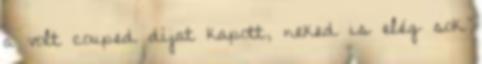
a volt couped díjat kapott, neked is elég sok